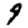
Digit: 9